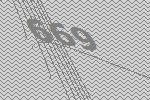
669